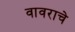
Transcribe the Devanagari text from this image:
वावराचे